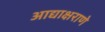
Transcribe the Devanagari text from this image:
आद्याक्षराणे